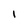
Character: I